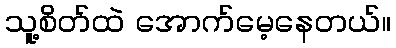
သူ့စိတ်ထဲ အောက်မေ့နေတယ်။